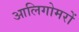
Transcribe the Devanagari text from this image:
आलिगोमरों